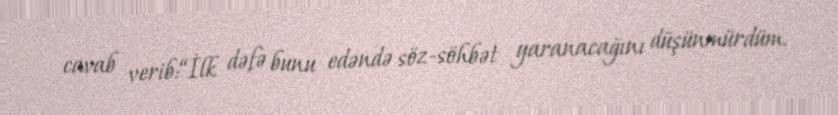
cavab verib:“İlk dəfə bunu edəndə söz-söhbət yaranacağını düşünmürdüm.